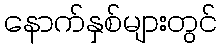
နောက်နှစ်များတွင်